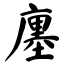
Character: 廛